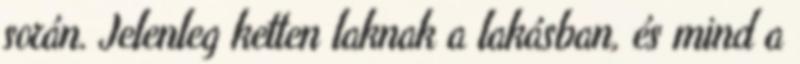
során. Jelenleg ketten laknak a lakásban, és mind a